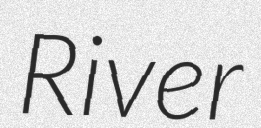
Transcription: River